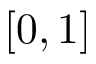
[ 0 , 1 ]